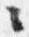
々